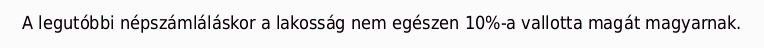
A legutóbbi népszámláláskor a lakosság nem egészen 10%-a vallotta magát magyarnak.